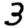
Digit: 3